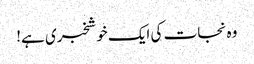
وہ نجات کی ایک خوشخبری ہے!